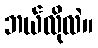
ဘယ်လိုလဲ။